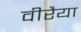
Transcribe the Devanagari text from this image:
वीरैया